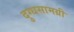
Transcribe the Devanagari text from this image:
दुग्धसामग्री